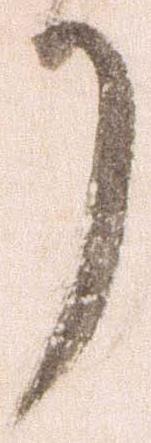
了